Annual report on the mental hospital in the Central Provinces and Berar (Nagpur) - 1927-1951
Year: 1927
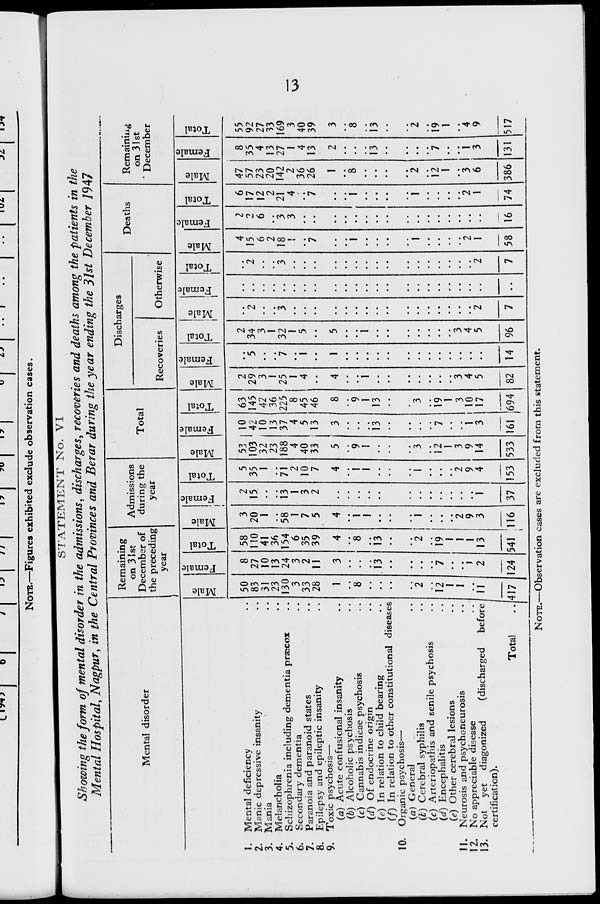
^ 1717
iJ I
//
I
7° I
xy I
u i
^ < .. ,
..
i .. I . IWA-I
->~ I
IJt
NOTE.—Figures exhibited exclude observation cases.
STATEMENT No. VI
Showing the form of mental disorder in the admissions, discharges, recoveries and deaths among the patients in the
Mental Hospital, Nagpur, in the Central Provinces and Berar during the year ending the 31st December 7947
Mental disorder
1. Mental deficiency
2. Manic depressive insanity
3. Mania
4. Melancholia
5. Schizophrenia including dementia praecox
6. Secondary dementia
7. Paranoia and paranoid states
8. Epilepsy and epileptic insanity
9. Toxic psychosis—
(a) Acute confusional insanity
Alcoholic psychosis
Cannabis indicae psychosis
Of endocrine origin
In relation to child bearing
In relation to other constitutional diseases
10. Organic psychosis—
(a) General
(t) Cerebral syphilis
(c) Arteriopathis and senile psychosis
(d) Encephalitis
(e) Other cerebral lesions
11. Neurosis and psychoneurosis
12. No appreciable disease
^ .
13. Not yet diagonized
(discharged before
certification).
(b)
(c)
id)
U)
(f)
Remaining
on 31st
December of
the preceding
year
Admissions
during the
year
Total
Discharges
Recoveries
Otherwise
Deaths
Remaining
on 31st
December
"3
"c3
s O 5
13
s
0)
fa
03
O
h
o3
13
S
fa
cd
■>->
O
4)
13
13
s a>
fa
o
^4)
ca
s
<U
fa
"3
o
h
Ai
13
13
£
fa
o
h
s
fa
50
83
31
23
130
3
33
28
1
8
27
10
13
24
3
2
11
8
58
110
41
36
154
6
35
39
3
20
1
13
8
13
12
1
1
1*1*
58
1
7
5
2
15
13
1
3
2
5
35
1
71
2
10
7
53
103
32
23
188
4
40
33
10
42
10
13
37
4
5
13
63
145
42
36
225
8
45
46
8
1
Total
..417 124
19
1
1
1
13
2
9
3
'
541 116 37
2
9
4
153
9
1
12
1
3
9
14
533
13
1
3
161
2
29
3
1
25
I
4
2
34
3
1
32
1
5
9
1
13
19
1
3
10
17
694
3
4
5
82 14
3
4
5
96
4
15
6
2
18
i
2
1
58
2
3
3
6
17
12
2
21
4
16
2
1
74
47
57
23
20
142
2
36
26
1
8
8
35
4
13
27
1
4
13
12
1
3
6
13
386
1
3
131
CO
o
55
92
27
33
169
3
40
39
8
J3
19
1
4
9
517
v>>
NOTE.—Observation cases are excluded from this statement.